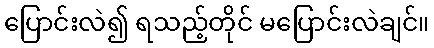
ပြောင်းလဲ၍ ရသည့်တိုင် မပြောင်းလဲချင်။